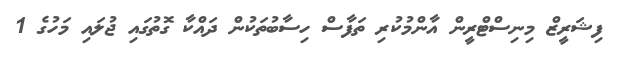
ފިޝަރީޒް މިނިސްޓްރީން އާންމުކުރި ތަފާސް ހިސާބުތަކުން ދައްކާ ގޮތުގައި ޖުލައި މަހުގެ 1